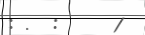
: .  :     1